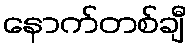
နောက်တစ်ချီ